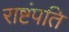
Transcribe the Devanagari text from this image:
राष्टंपति